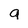
Character: g